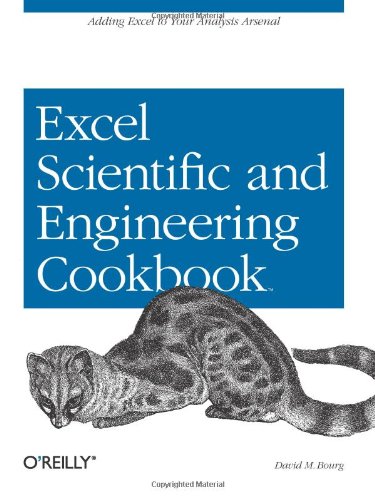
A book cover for Excel Scientific and Engineering Cookbook (Cookbooks (O'Reilly)); David M Bourg; Computers & Technology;